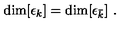
\mathrm { d i m } [ \epsilon _ { k } ] = \mathrm { d i m } [ \epsilon _ { \bar { k } } ] \ .